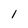
Character: 1